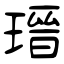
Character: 瑨